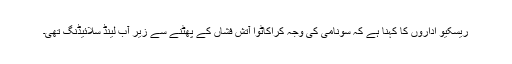
ریسکیو اداروں کا کہنا ہے کہ سونامی کی وجہ کراکاٹوا آتش فشاں کے پھٹنے سے زیر آب لینڈ سلائیڈنگ تھی۔